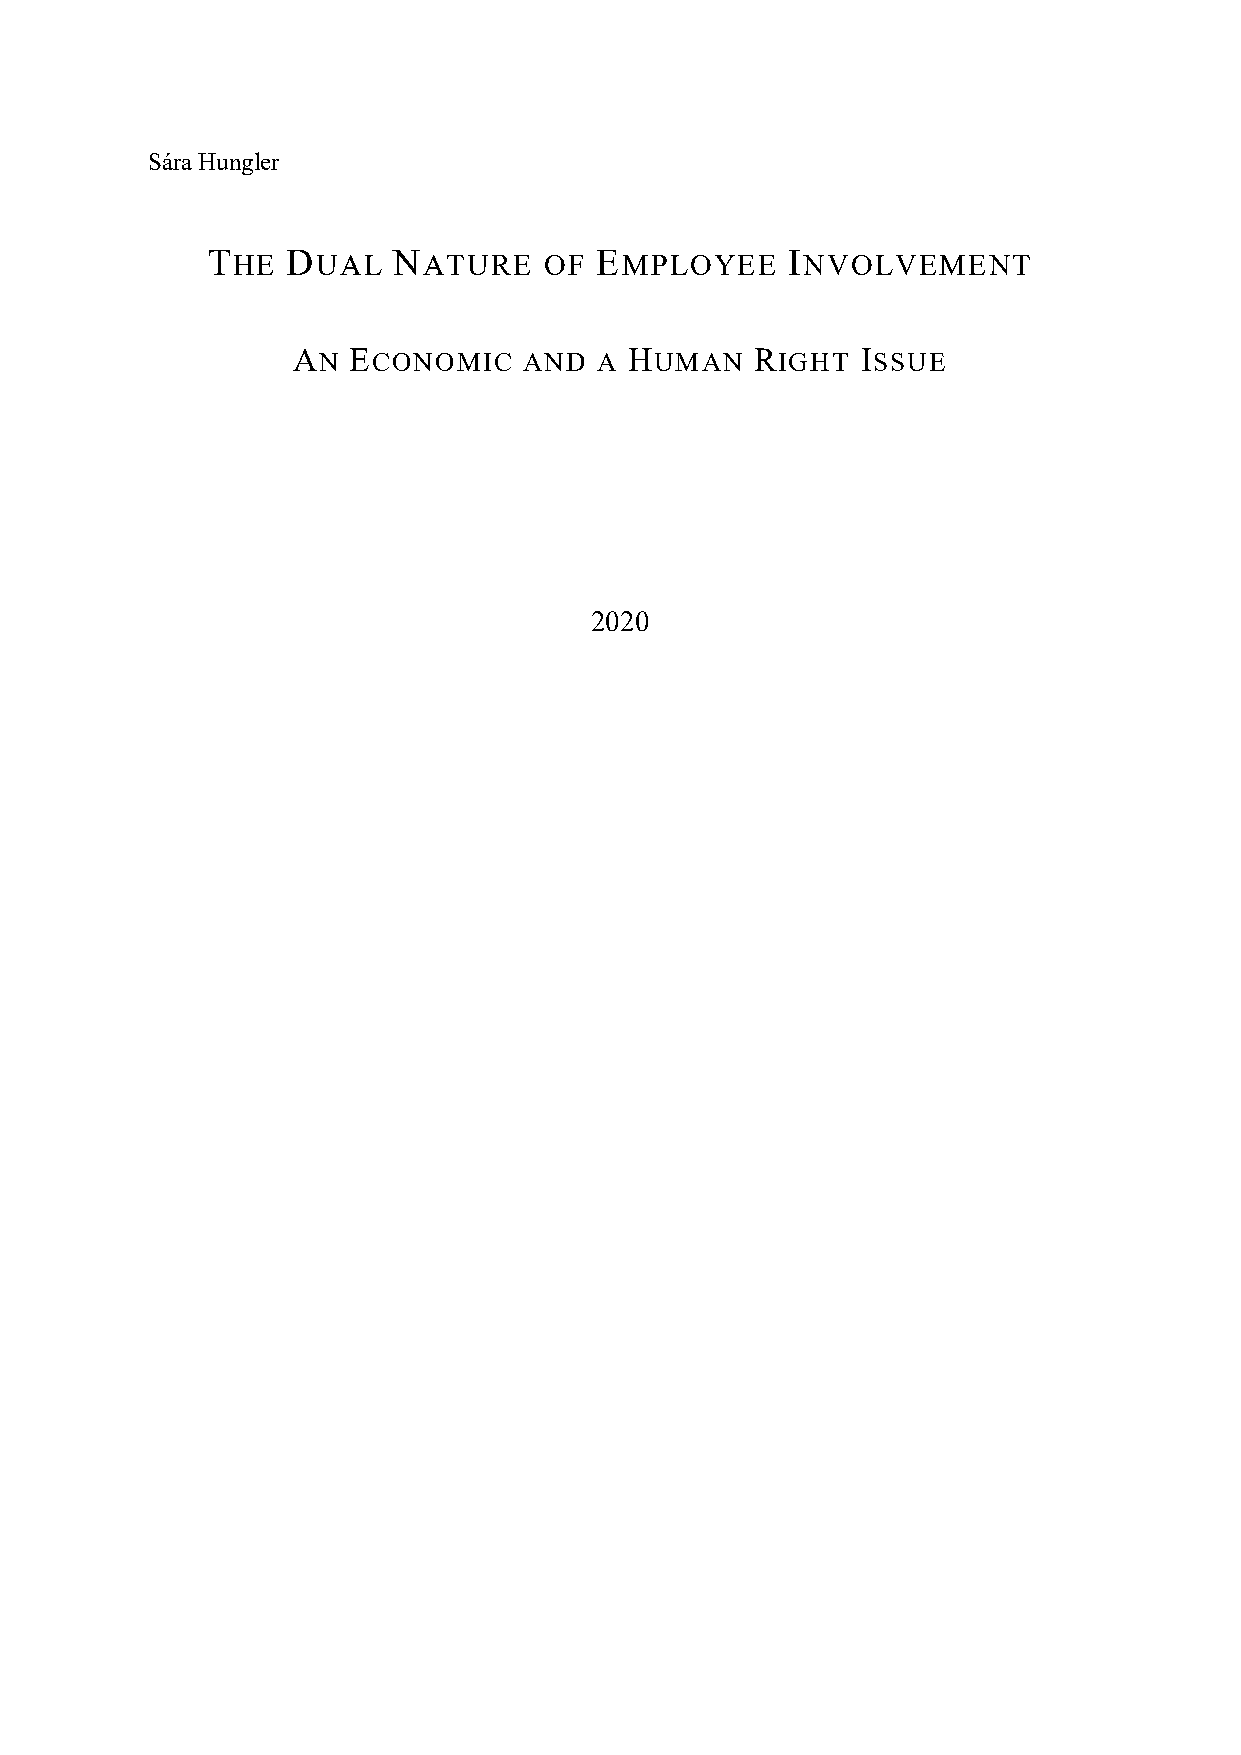
i
 Sára Hungler
 THE  DUAL   NATURE    OF EMPLOYEE     INVOLVEMENT
 AN  ECONOMIC    AND  A HUMAN   RIGHT  ISSUE
 2020